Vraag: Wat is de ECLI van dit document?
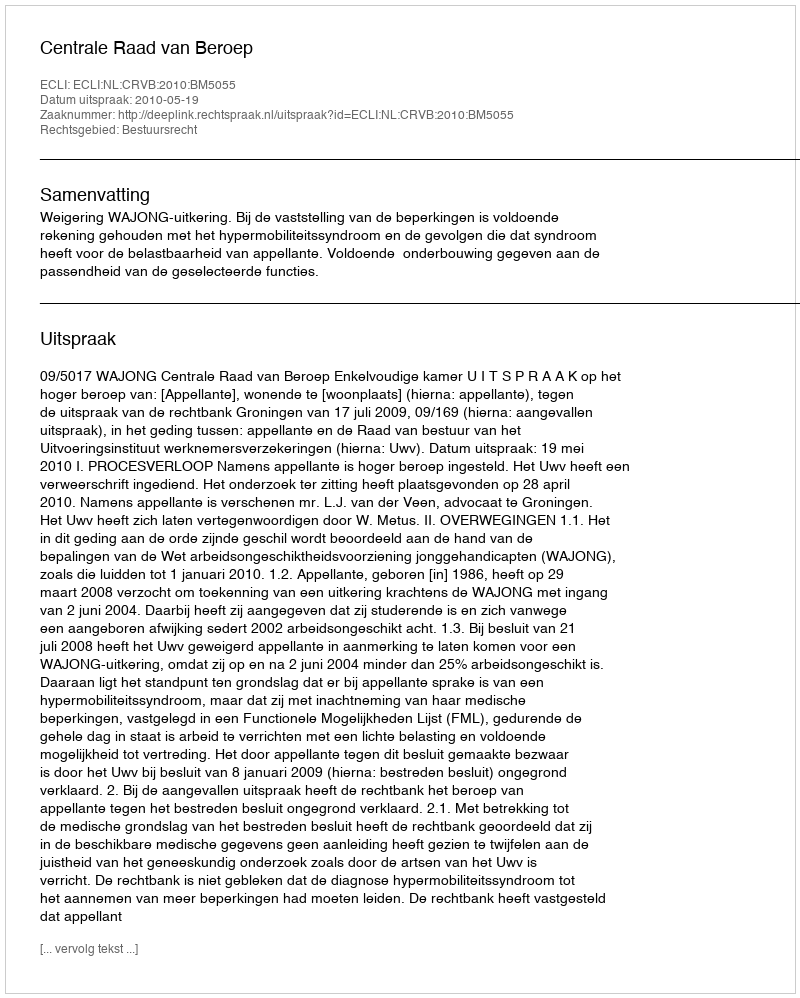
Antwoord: ECLI:NL:CRVB:2010:BM5055